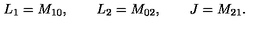
L _ { 1 } = M _ { 1 0 } , \qquad L _ { 2 } = M _ { 0 2 } , \qquad J = M _ { 2 1 } .